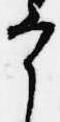
宰